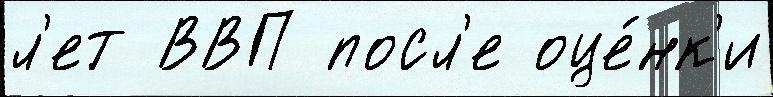
л'ет ВВП посл'е оце́нк'и